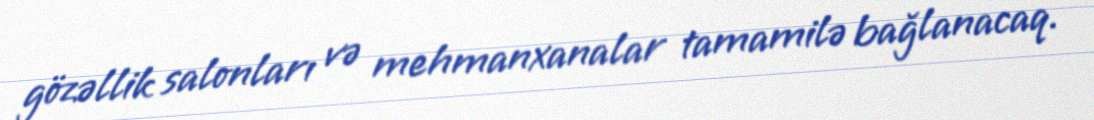
gözəllik salonları və mehmanxanalar tamamilə bağlanacaq.